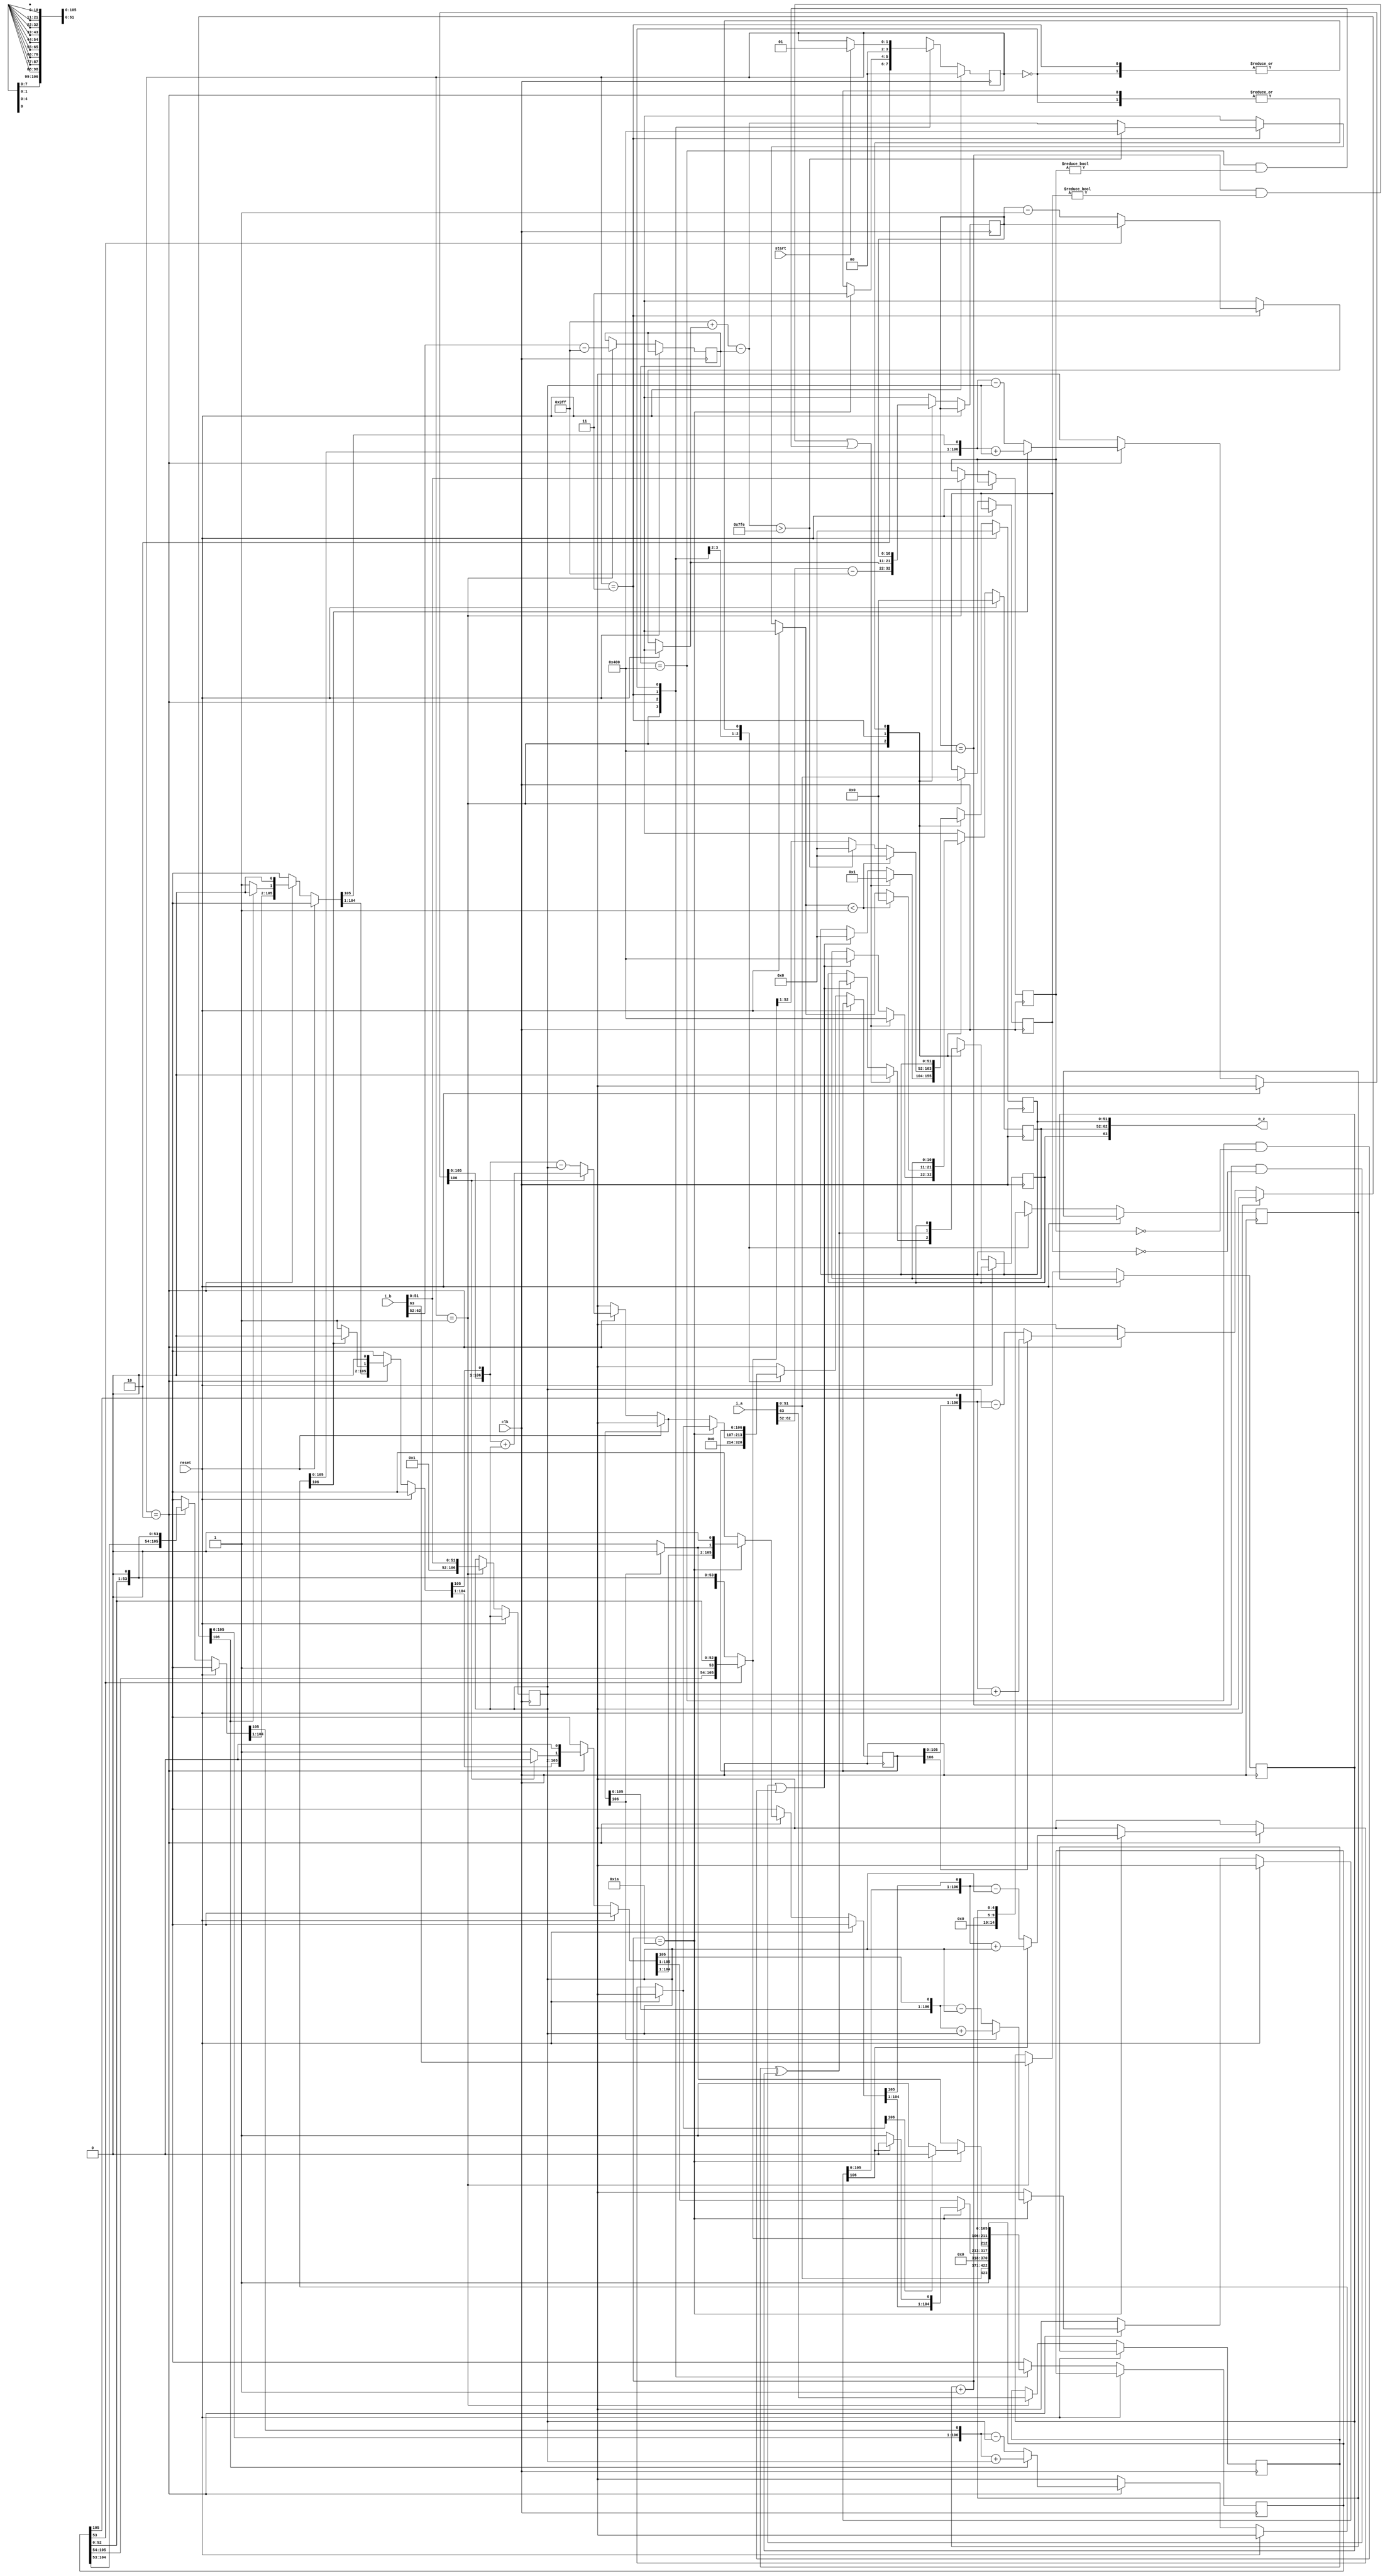
module div_dp
    (input clk, start,
        input [63:0] i_a, i_b,
        input reset,
        output [63:0] o_z);

    reg a_sign, b_sign, z_sign;
    reg [51:0] a_mantis, b_mantis, z_mantis;
    reg [10:0] a_exp, b_exp, z_exp;
    reg [106:0] A, M;
    reg [105:0] Q;
    reg [4:0] count;
    reg [1:0] state =0;
    parameter S_IDLE=2'b00,
              S_START=2'b01,
              S_DIVIDE=2'b10,
              S_FINISH=2'b11;

    always @(posedge clk)
        begin
            if (~reset)
                begin
                    case (state)

                        S_START:
                            begin

                                a_mantis <= i_a[51:0];
                                b_mantis <= i_b[51:0];
                                a_sign <= i_a[63];
                                b_sign <= i_b[63];
                                a_exp <= i_a[62:52]-1023;
                                b_exp <= i_b[62:52]-1023;
                                Q <= {1'b1, i_a[51:0]} << 53;
                                A <= 0;
                                M <= {1'b1, i_b[51:0]};
                                count <= 0;
                                //a=NaN or b=NaN -> z=NaN
                                if ((a_exp == 1024 && a_mantis != 0) || (b_exp == 1024 && b_mantis != 0))
                                    begin
                                        z_sign <= 1'b0;
                                        z_exp <= 1024;
                                        z_mantis <= 1;
                                        state <= S_FINISH;
                                    end

                                    //a=inf or b=inf -> z=inf
                                else if ((a_exp == 1024 && a_mantis == 0 && !(b_exp == -1023 && b_mantis == 0)) || (b_exp == 1024 && b_mantis == 0 && !(b_exp == -1023 && b_mantis == 0)))
                                    begin
                                        z_sign <= a_sign ^ b_sign;
                                        z_exp <= 1024;
                                        z_mantis <= 0;
                                        state <= S_FINISH;
                                    end

                                    //a=0,b=inf or a=inf,b=0 -> z=NaN
                                else if ((a_exp == 1024 && a_mantis == 0 && b_exp == -1023 && b_mantis == 0) || (b_exp == 1024 && b_mantis == 0 && b_exp == -1023 && b_mantis == 0))
                                    begin
                                        z_sign <= 0;
                                        z_exp <= 1024;
                                        z_mantis <= 1;
                                        state <= S_FINISH;
                                    end
                                state <= S_DIVIDE;
                            end

                        S_DIVIDE:
                            begin
                                if (A[106])
                                    begin
                                        {A, Q} = {A, Q} << 1;
                                        A = A+M;
                                    end
                                else
                                    begin
                                        {A, Q} = {A, Q} << 1;
                                        A = A-M;
                                    end
                                if (A[106])
                                    begin
                                        Q[0] = 0;
                                    end
                                else
                                    begin
                                        Q[0] = 1;
                                    end
                                if (A[106])
                                    begin
                                        {A, Q} = {A, Q} << 1;
                                        A = A+M;
                                    end
                                else
                                    begin
                                        {A, Q} = {A, Q} << 1;
                                        A = A-M;
                                    end
                                if (A[106])
                                    begin
                                        Q[0] = 0;
                                    end
                                else
                                    begin
                                        Q[0] = 1;
                                    end
                                if (A[106])
                                    begin
                                        {A, Q} = {A, Q} << 1;
                                        A = A+M;
                                    end
                                else
                                    begin
                                        {A, Q} = {A, Q} << 1;
                                        A = A-M;
                                    end
                                if (A[106])
                                    begin
                                        Q[0] = 0;
                                    end
                                else
                                    begin
                                        Q[0] = 1;
                                    end
                                if (A[106])
                                    begin
                                        {A, Q} = {A, Q} << 1;
                                        A = A+M;
                                    end
                                else
                                    begin
                                        {A, Q} = {A, Q} << 1;
                                        A = A-M;
                                    end
                                if (A[106])
                                    begin
                                        Q[0] = 0;
                                    end
                                else
                                    begin
                                        Q[0] = 1;
                                    end
                                count = count+1;
                                if (count == 26)
                                    begin
                                        state = S_FINISH;
                                        if (A[106])
                                            begin
                                                {A, Q} = {A, Q} << 1;
                                                A = A+M;
                                            end
                                        else
                                            begin
                                                {A, Q} = {A, Q} << 1;
                                                A = A-M;
                                            end
                                        if (A[106])
                                            begin
                                                Q[0] = 0;
                                            end
                                        else
                                            begin
                                                Q[0] = 1;
                                            end
                                        if (A[106])
                                            begin
                                                {A, Q} = {A, Q} << 1;
                                                A = A+M;
                                            end
                                        else
                                            begin
                                                {A, Q} = {A, Q} << 1;
                                                A = A-M;
                                            end
                                        if (A[106])
                                            begin
                                                Q[0] = 0;
                                            end
                                        else
                                            begin
                                                Q[0] = 1;
                                            end

                                    end
                            end

                        S_FINISH:
                            begin
                                if (~Q[53])
                                    begin
                                        Q = Q << 1;
                                        a_exp = a_exp-1;
                                    end
                                z_mantis = Q[52:1];
                                z_exp = 1023+a_exp-b_exp;
                                z_sign = a_sign ^ b_sign;
                                state = S_IDLE;
                                //underflow,overflow
                                if (z_exp > 2046)
                                    begin
                                        z_sign = a_sign ^ b_sign;
                                        z_exp = 1024;
                                        z_mantis = 0;
                                    end
                                if (z_exp < 1)
                                    begin
                                        z_sign = a_sign ^ b_sign;
                                        z_exp = 0;
                                        z_mantis = 0;
                                    end
                            end

                        S_IDLE:
                            begin
                                if (start)
                                  state <= S_START;
                            end
                    endcase
                end
            else
                begin
                    state <= S_IDLE;
                    z_exp <= 0;
                    z_mantis <= 0;
                    z_exp <= 0;
                end

        end

    assign o_z = {z_sign, z_exp, z_mantis};
endmodule